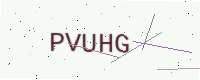
Text: PVUHG